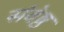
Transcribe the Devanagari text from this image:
संवेष्ठ